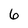
Character: 6